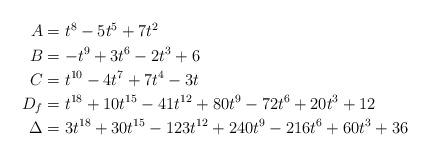
LaTeX: \begin{align*} \begin{aligned} A &=t^8-5t^5+7t^2 \\ B &=-t^9+3t^6-2t^3+6 \\ C &=t^{10}-4t^7+7t^4-3t \\ D_f &=t^{18}+10t^{15}-41t^{12}+80t^9-72t^6+20t^3+12 \\ \Delta &=3t^{18}+30t^{15}-123t^{12}+240t^9-216t^6+60t^3+36\\ \end{aligned} \end{align*}